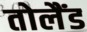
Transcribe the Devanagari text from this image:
तोलैंड